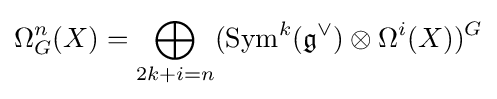
\Omega _{G}^{n}(X)=\bigoplus _{2k+i=n}({\text{Sym}}^{k}({\mathfrak {g}}^{\vee })\otimes \Omega ^{i}(X))^{G}